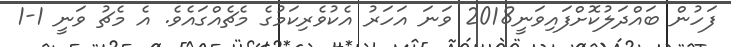
ފަހުން ބައްދަލުކޮށްފައިވަނީ2018 ވަނަ އަހަރު އެކުވެރިކަމުގެ މެޗެއްގައެވެ. އެ މެޗު ވަނީ 1-1